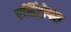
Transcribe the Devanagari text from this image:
एसिंट्रोपस